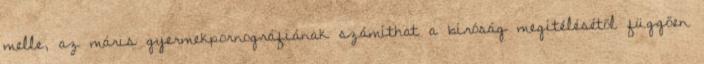
melle, az máris gyermekpornográfiának számíthat a bíróság megítélésétől függően